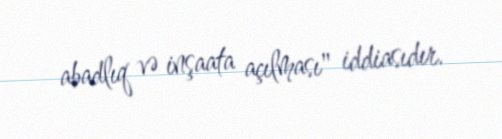
abadlıq və inşaata açılması" iddiasıdır.